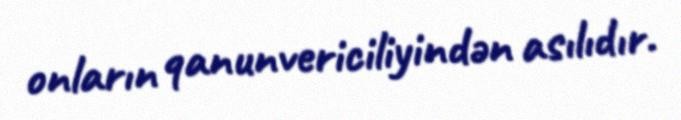
onların qanunvericiliyindən asılıdır.